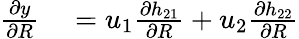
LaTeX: \begin{array}{rl}{\frac{\partial y}{\partial R}}&{{}=u_{1}\frac{\partial h_{21}}{\partial R}+u_{2}\frac{\partial h_{22}}{\partial R}}\end{array}